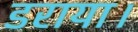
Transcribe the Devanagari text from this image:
डराया।